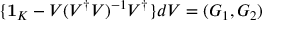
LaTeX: \{ { \bf 1 } _ { K } - V ( V ^ { \dagger } V ) ^ { - 1 } V ^ { \dagger } \} d V = ( G _ { 1 } , G _ { 2 } )